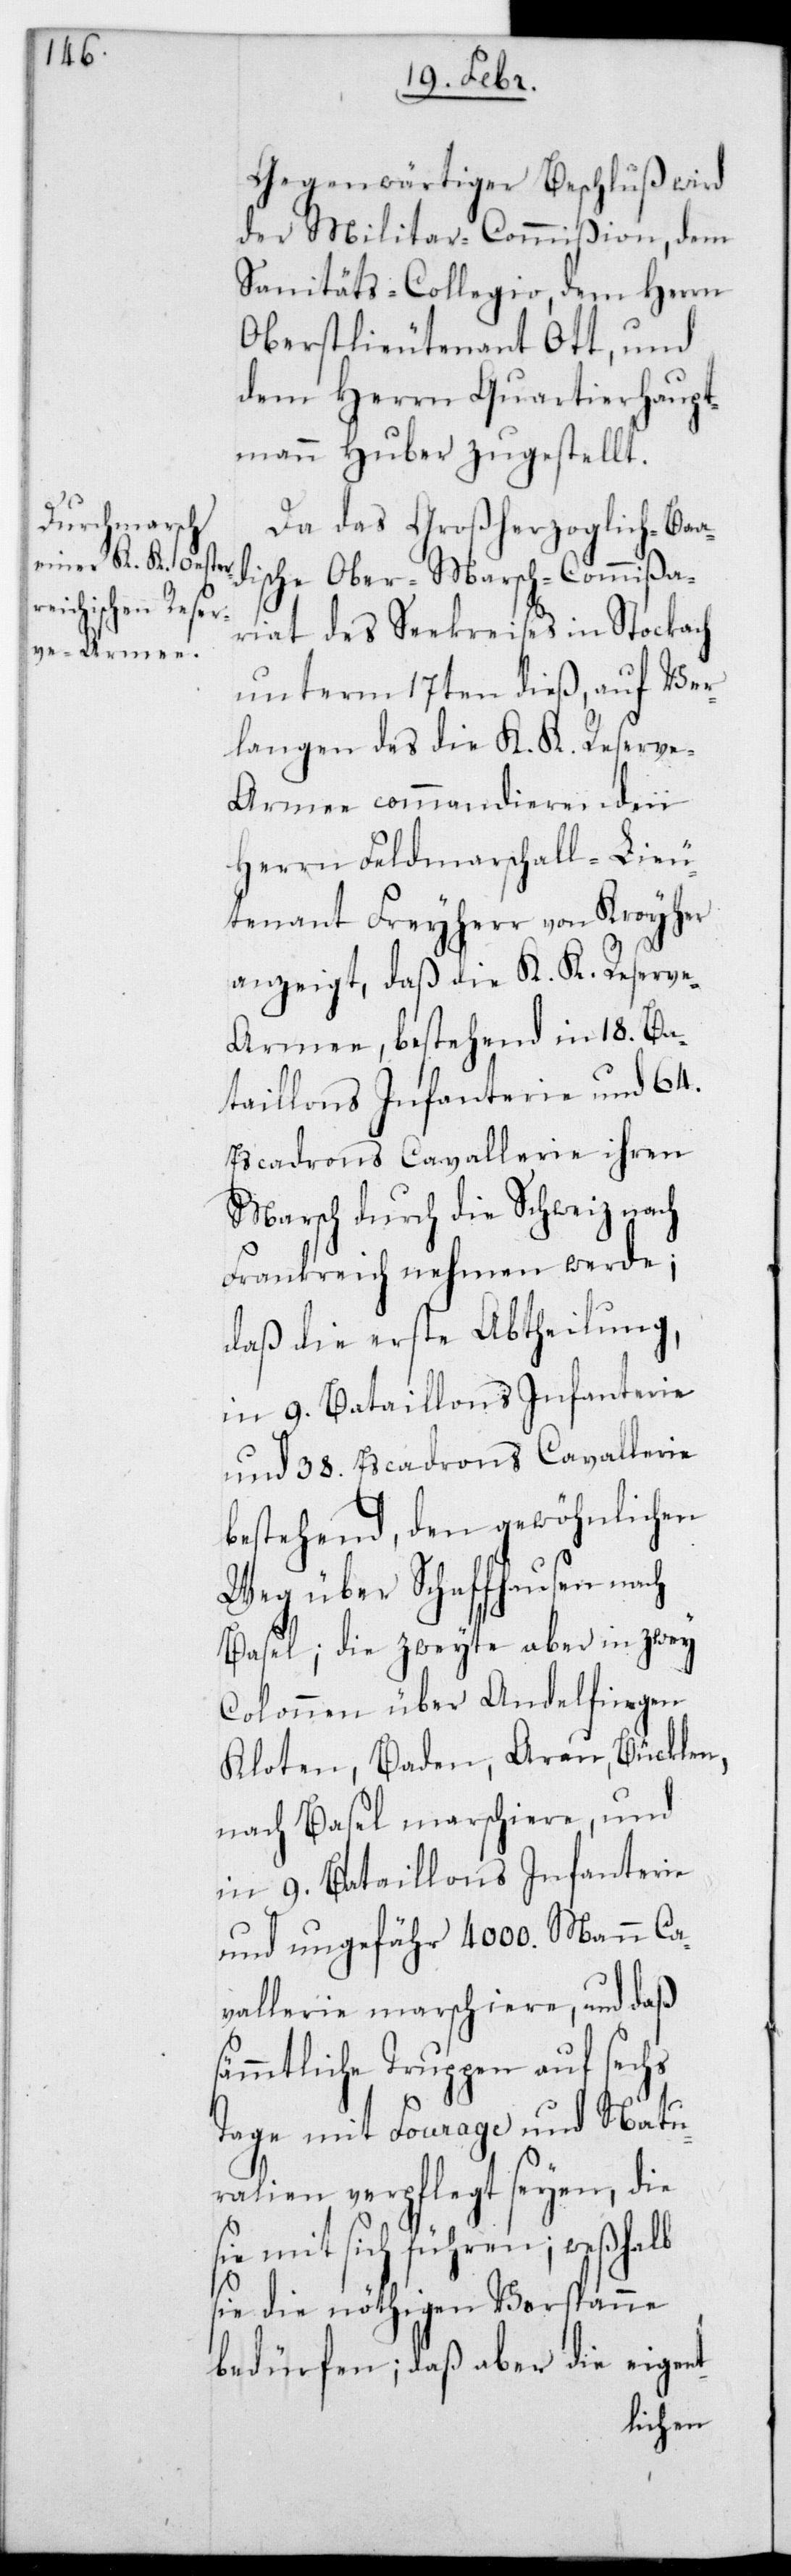
Gegenwärtiger Beschluß wird
der Militar-Commißion, dem
Sanitäts-Collegio, dem Herrn
Oberstlieutenant Ott, und
dem Herrn Quartierhaupt¬
mann Huber zugestellt.
Da das Großherzoglich Baa¬
dische Ober-Marsch-Commißa¬
riat des Seekreises in Stockach
unterm 17ten dieß, auf Ver¬
langen des die K. K. Reserve-A¬
rmee commandierenden
Herrn Feldmarschall-Lieu¬
tenant Freiherr von Kroyher
anzeigt, daß die K. K. Reserv¬
e-Armee, bestehend in 18. Ba¬
taillons Infanterie und 64.
Escadrons Cavallerie ihren
Marsch durch die Schweiz nach
Frankreich nehmen werde;
daß die erste Abtheilung,
in 9. Bataillons Infanterie
und 38. Escadrons Cavallerie
bestehend, den gewöhnlichen
Weg über Schaffhausen nach
Basel; die zweyte aber in zwey
Colonnen über Andelfingen,
Kloten, Baden, Arau, Bücklen
nach Basel marschiere, und
und ungefähr 4000. Mann Ca¬
vallerie marschiere, und daß s¬
ämmtliche Truppen auf sechs
Tage mit Fourage und Natu¬
ralien verpflegt seyen, die
mit sich führen; weshalb
sie die nöthigen Vorspanne
bedürfen; daß aber die eigent-